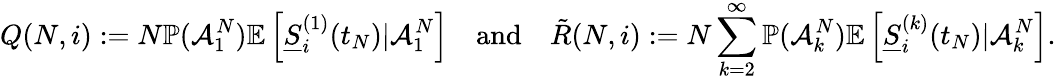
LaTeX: Q(N,i):=N\mathbb{P}(\mathcal{A}_{1}^{N})\mathbb{E}\left[\underline{{S}}_{i}^{(1)}(t_{N})|\mathcal{A}_{1}^{N}\right]\quad\mathrm{and}\quad\tilde{R}(N,i):=N\sum_{k=2}^{\infty}\mathbb{P}(\mathcal{A}_{k}^{N})\mathbb{E}\left[\underline{{S}}_{i}^{(k)}(t_{N})|\mathcal{A}_{k}^{N}\right].